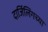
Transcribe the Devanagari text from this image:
दार्जिलिंगच्या